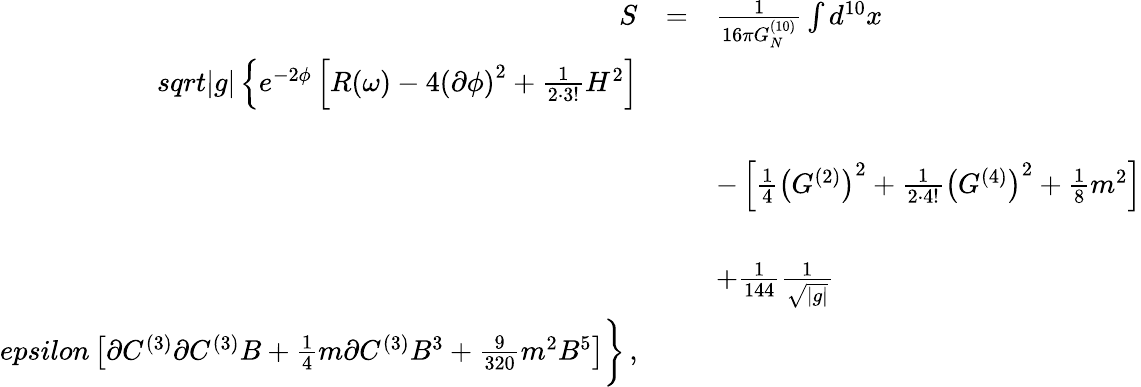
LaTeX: \begin{array}{rcl}{{S}}&{{=}}&{{\frac{1}{16\pi G_{N}^{(10)}}\int d^{10}x}}\\ {{sqrt{|g|}\left\{ e^{-2\phi}\left[R(\omega)-4\left(\partial\phi\right)^{2}+{\textstyle\frac{1}{2\cdot 3!}}H^{2}\right]\right.}}\\ {{}}&{{}}&{{}}\\ {{}}&{{}}&{{-\left[{\textstyle\frac{1}{4}}\left(G^{(2)}\right)^{2}+{\textstyle\frac{1}{2\cdot 4!}}\left(G^{(4)}\right)^{2}+{\textstyle\frac{1}{8}}m^{2}\right]}}\\ {{}}&{{}}&{{}}\\ {{}}&{{}}&{{+{\textstyle\frac{1}{144}}\frac{1}{\sqrt{|g|}}}}\\ {{epsilon\left[\partial C^{(3)}\partial C^{(3)}B+{\textstyle\frac{1}{4}}m\partial C^{(3)}B^{3}+{\textstyle\frac{9}{320}}m^{2}B^{5}\right]\biggr\} \, ,}}\end{array}